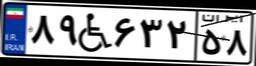
۸۹W۶۳۲۵۸